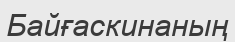
Байғаскинаның